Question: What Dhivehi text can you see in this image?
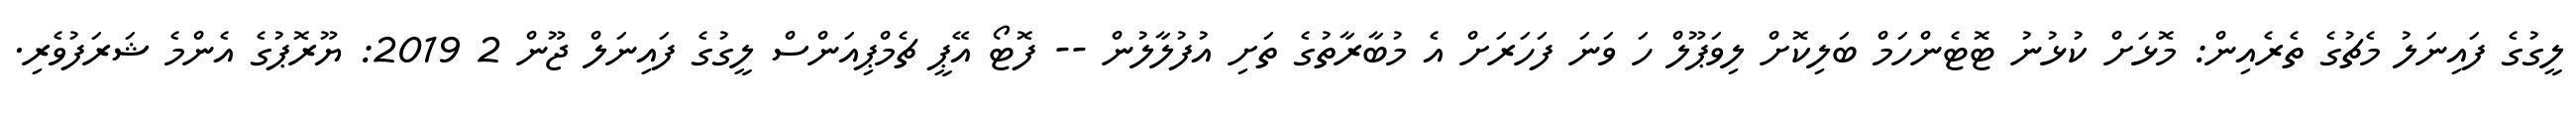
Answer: ލީގުގެ ފައިނަލު މެޗުގެ ތެރެއިން: މޮޅަށް ކުޅުނު ޓޮޓެންހަމް ބަލިކޮށް ލިވަޕޫލް ހަ ވަނަ ފަހަރަށް އެ މުބާރާތުގެ ތަށި އުފުލާލުން -- ފޮޓޯ އޭޕީ ޗެމްޕިއަންސް ލީގުގެ ފައިނަލް ޖޫން 2 2019: ޔޫރޮޕުގެ އެންމެ ޝަރަފުވެރި.